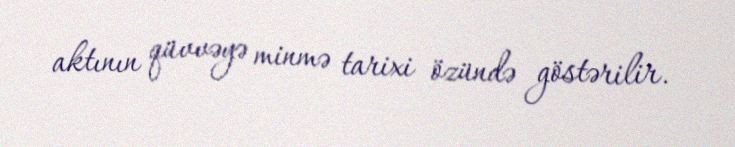
aktının qüvvəyə minmə tarixi özündə göstərilir.